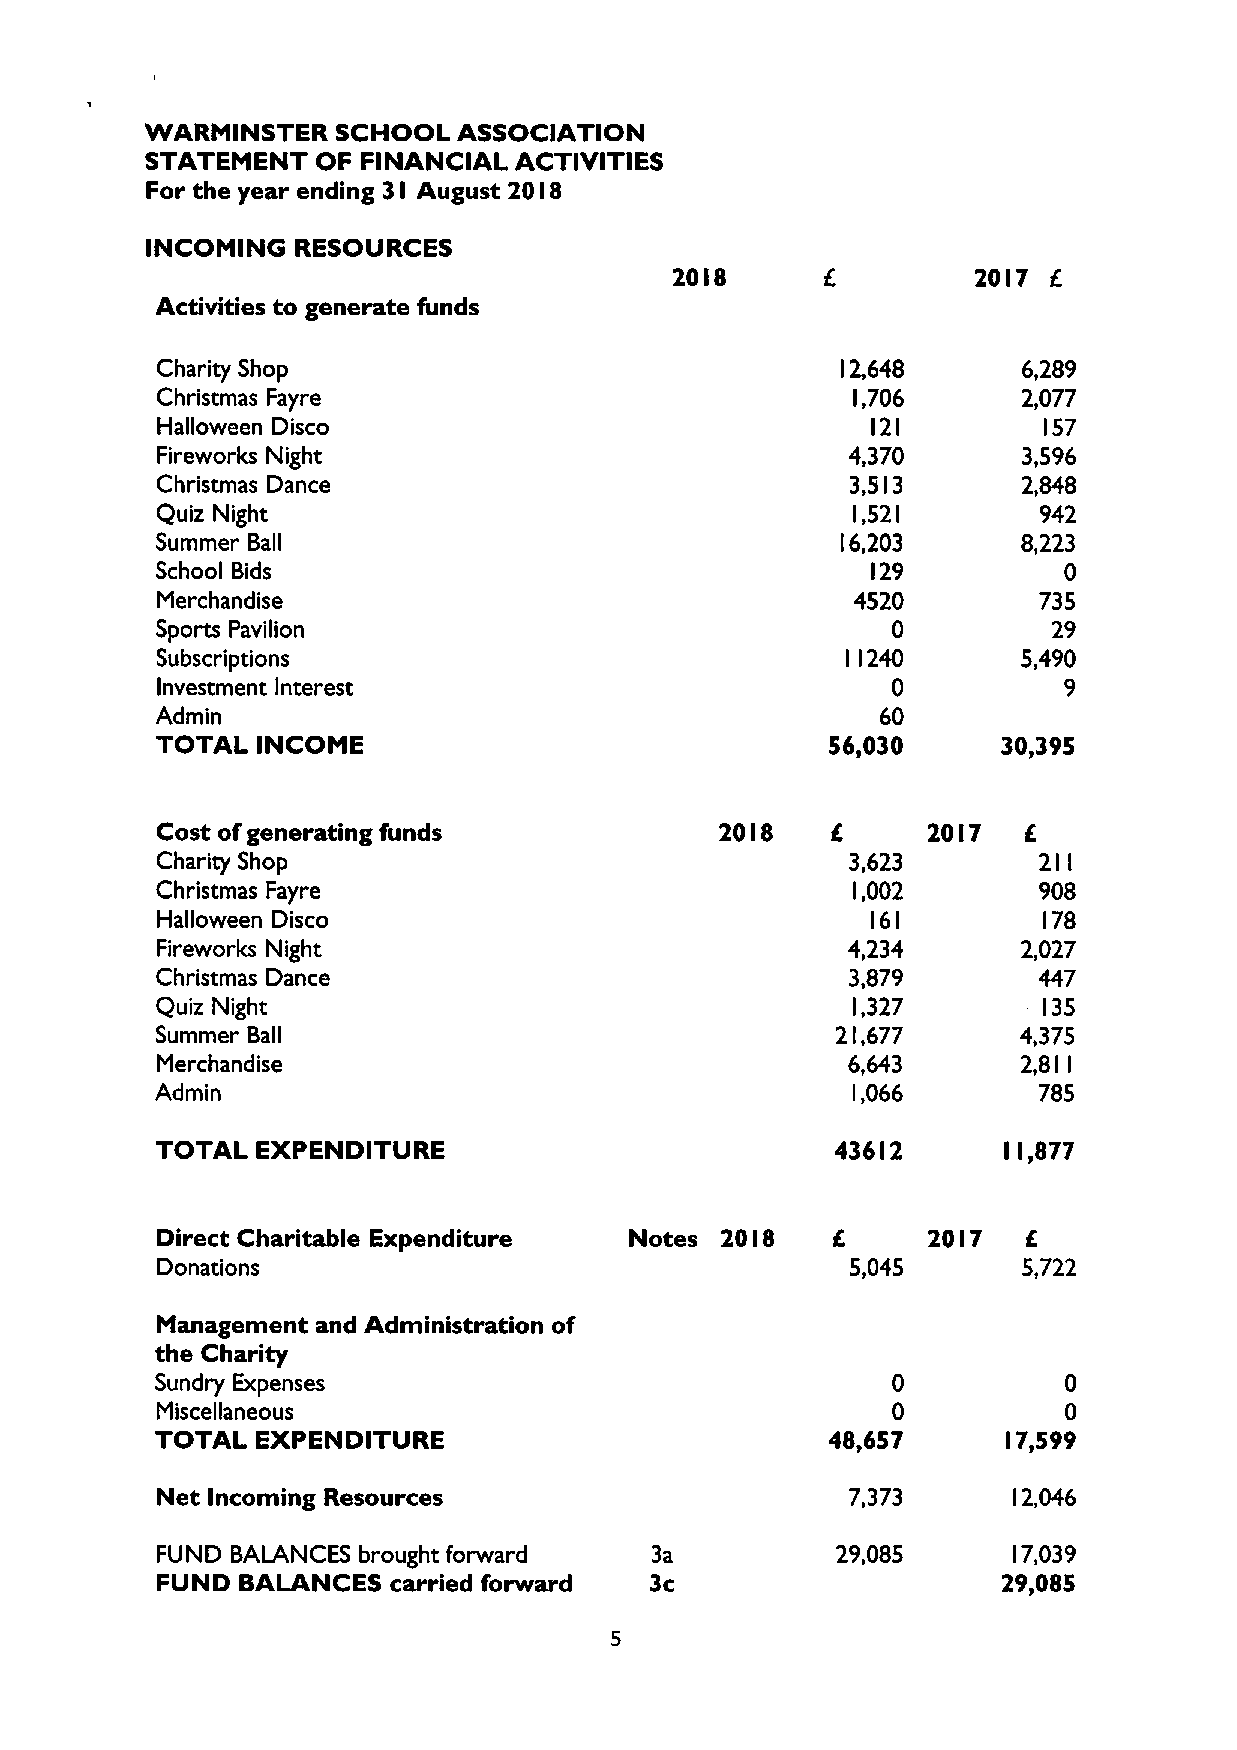
WARMINSTER  SCHOOL  ASSOCIATION
 STATEMENT  OF FINANCIAL ACTIVITIES
 For the year ending 3I August 20 I8
 INCOMING  RESOURCES
 20I8                20I7 f
 Activities to generate funds
 Charity Shop                                  2,648       6,289
 I
 Christmas Fayre                               I,706       2,077
 Halloween Disco                                 l2I         57
 I
 Fireworks Night                               4,370       3,596
 Christmas Dance                               3,5 3       2,848
 I
 Quiz Night                                    l,52         942
 I
 Summer Ball                                   6,203       8,223
 I
 School Bids                                     129         0
 Merchandise                                    4520        735
 Sports Pavilion                                  0          29
 Subscriptions                                  240        5,490
 I I
 Investment Interest                              0          9
 Admin                                           60
 TOTAL  INCOME                                56,030     30,395
 Cost ofgenerating funds               20 8         20I7
 I    IK
 Charity Shop                                  3,623        2ll
 Christmas Fayre                               l,002        908
 Halloween Disco                                 I6I        I78
 Fireworks Night                               4,234       2,027
 Christmas Dance                               3,879        447
 Quiz Night                                    I,327        l35
 Summer Ball                                  21,677      4,375
 Merchandise                                   6,643       2,8
 I I
 Admin                                         I,066        785
 TOTAL  EXPENDITURE                           436I2       I,877
 I
 Direct Charitable Expenditure   Notes 20 8   6     20 7
 I             I
 Donations                                     5,045       5,722
 Management and Administration of
 the Charity
 Sundry Expenses                                  0          0
 Miscellaneous                                    0          0
 TOTAL  EXPENDITURE                           48,657      7,599
 I
 Net Incoming Resources                        7,373       2,046
 I
 FUND BALANCES brought forward    3a          29,085       7,039
 I
 FUND  BALANCES  carried forward  3c                     29,085